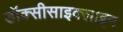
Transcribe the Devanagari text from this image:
डॉक्सीसाइक्लाइन